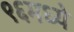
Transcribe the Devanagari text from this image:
९६मध्ये